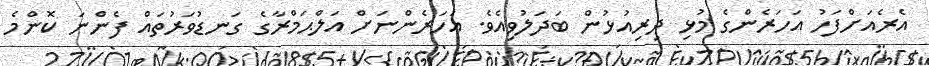
އެރެއަށްފަހު އަހަރެންގެ މުޅި ދިރިއުޅުން ބަދަލުވިއެވެ. އަހަރެންނަށް އަލްޙަމްރާގެ ގަނޑުވަރުތައް ފެންނަ ކޮންމެ